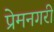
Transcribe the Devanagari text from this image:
प्रेमनगरी